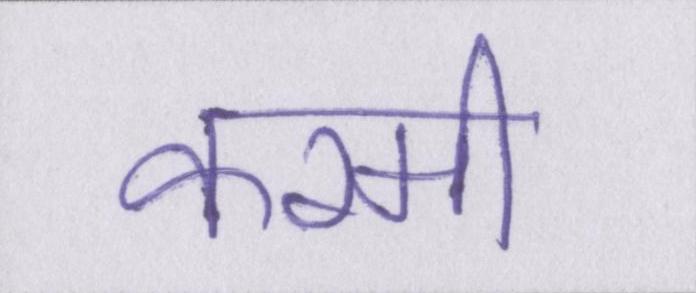
करमी